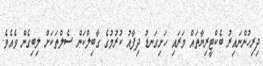
ދިރިހުންނައިރު ބެކްޓީރިޔާތައް މަރައި ހަށިގަނޑު ދިފާއު ކުރުމުގެ ގާބިލްކަން ސެލްތަކަށް ލިބިގެން ވެއެވެ.